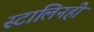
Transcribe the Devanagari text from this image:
स्टालिनही